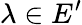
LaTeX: \lambda\in E^{\prime}